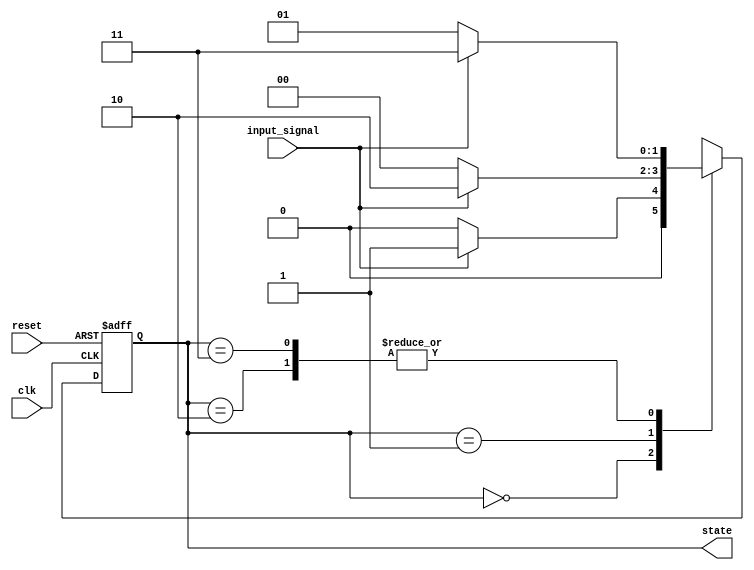
module gray_code_state_machine (
    input wire clk,
    input wire reset,
    input wire input_signal,
    output reg [1:0] state
);

// State encoding using Gray code
parameter S0 = 2'b00; // State 0
parameter S1 = 2'b01; // State 1
parameter S2 = 2'b11; // State 2
parameter S3 = 2'b10; // State 3

// State register
reg [1:0] state_reg, next_state;

// State transition logic
always @ (posedge clk or posedge reset) begin
    if (reset) begin
        state_reg <= S0;
    end else begin
        state_reg <= next_state;
    end
end

// Next state logic
always @ (*) begin
    case (state_reg)
        S0: begin
            if (input_signal) next_state = S1;
            else next_state = S0;
        end
        S1: begin
            if (input_signal) next_state = S3;
            else next_state = S0;
        end
        S2: begin
            if (input_signal) next_state = S2;
            else next_state = S1;
        end
        S3: begin
            if (input_signal) next_state = S2;
            else next_state = S1;
        end
        default: next_state = S0;
    endcase
end

// Output current state
always @ (*) begin
    state = state_reg;
end

endmodule